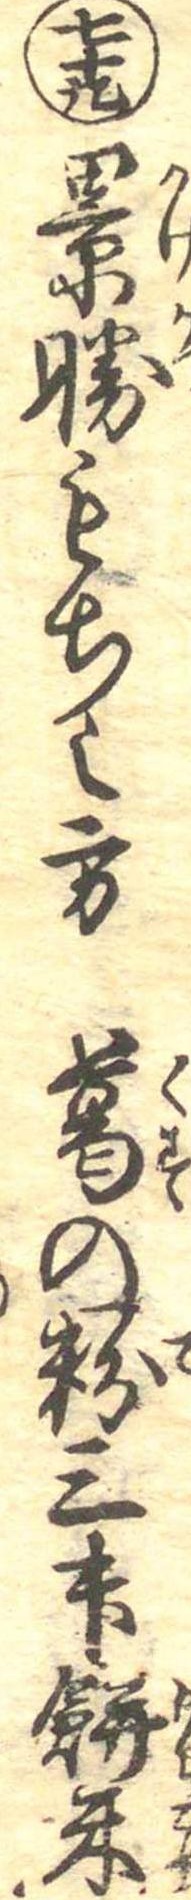
七十九景勝もち之方葛の粉三升餅米